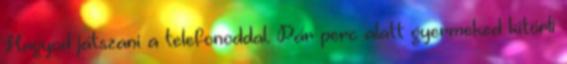
Hagyod játszani a telefonoddal. Pár perc alatt gyermeked kitörli